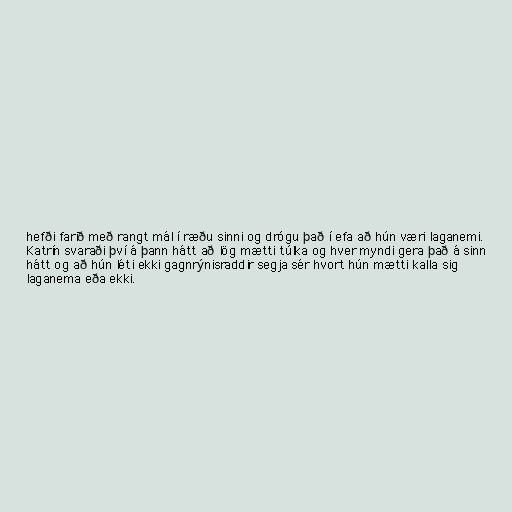
hefði farið með rangt mál í ræðu sinni og drógu það í efa að hún væri laganemi.
Katrín svaraði því á þann hátt að lög mætti túlka og hver myndi gera það á sinn
hátt og að hún léti ekki gagnrýnisraddir segja sér hvort hún mætti kalla sig
laganema eða ekki.